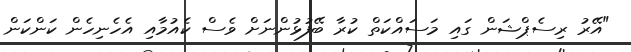
"އޭރު ރިސެޕްޝަން ގައި މަސައްކަތް ކުރާ ބޭފުޅުންނަށް ވެސް ކެއުމާއި އެހެނިހެން ކަންކަން